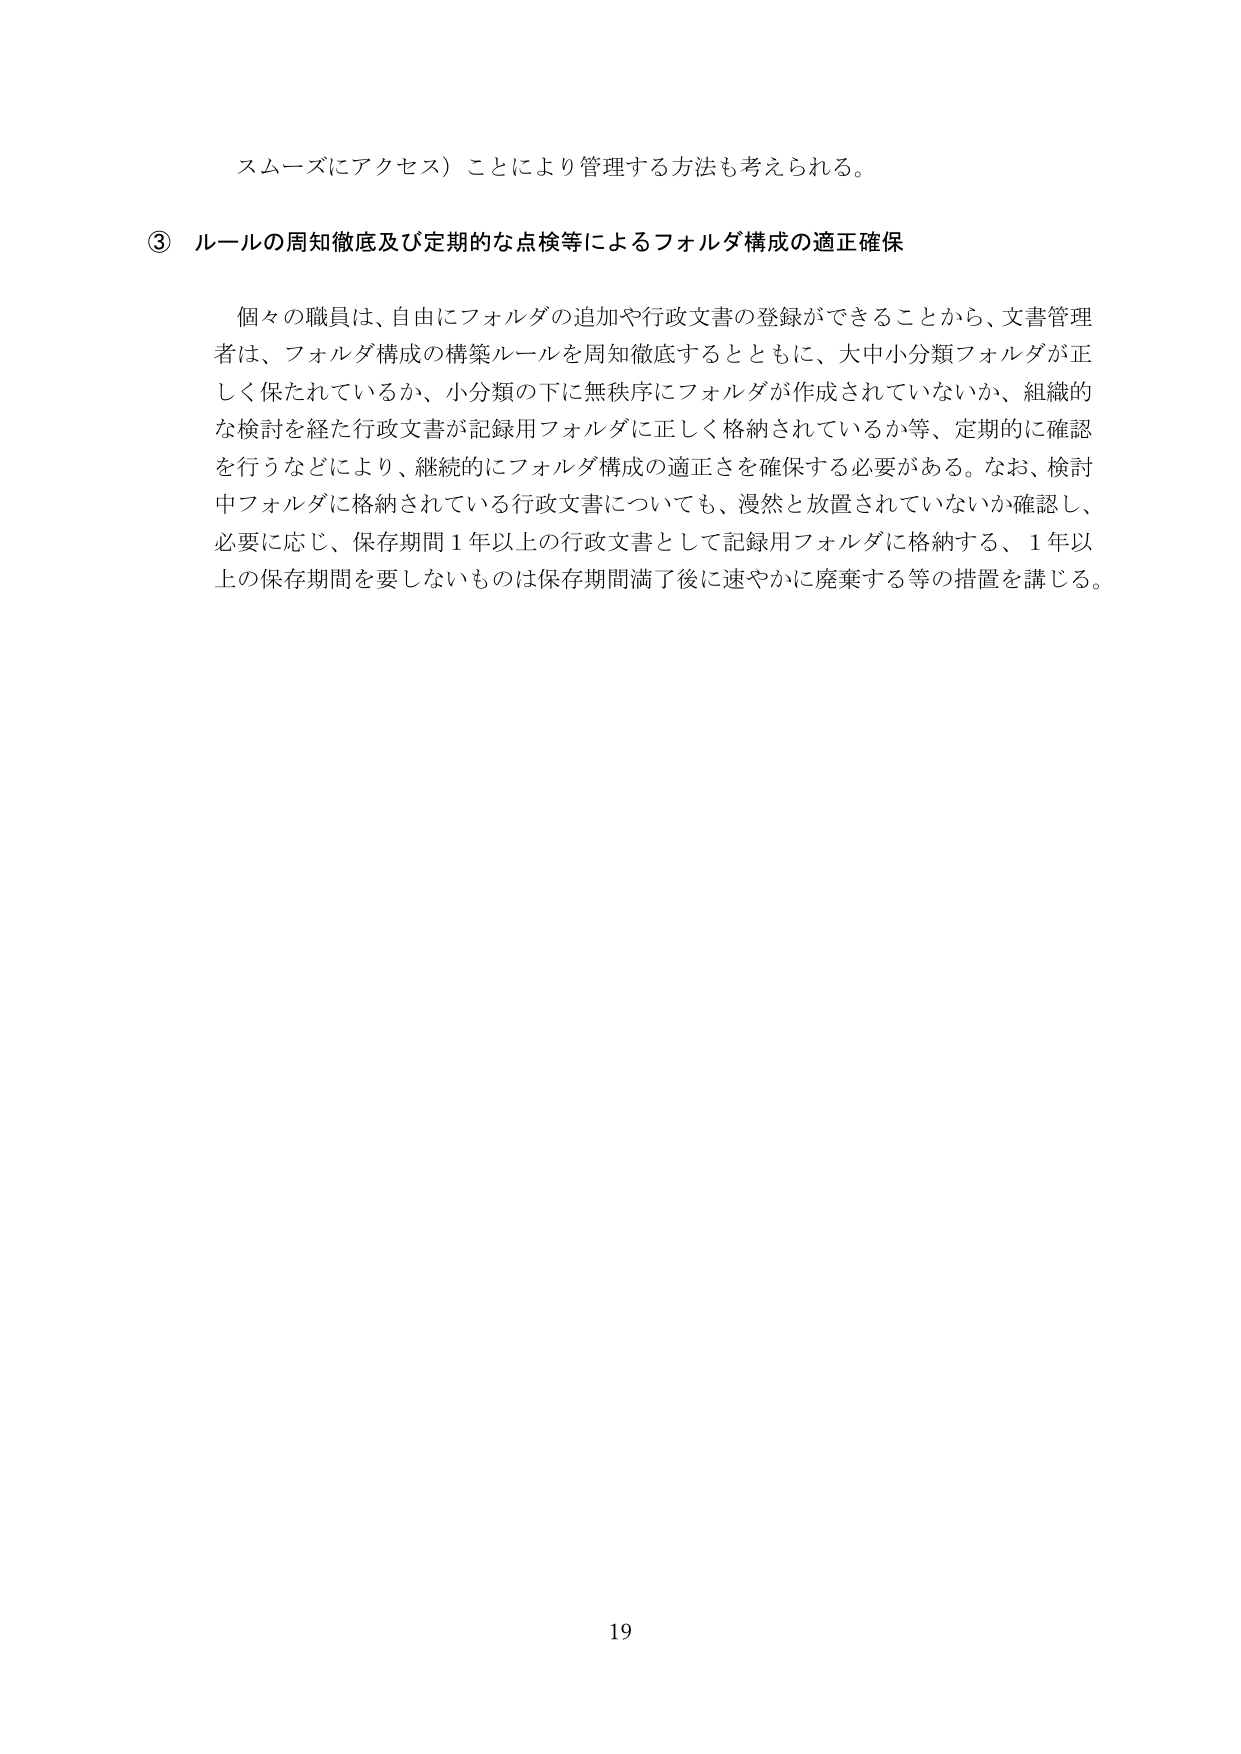
スムーズにアクセス）ことにより管理する方法も考えられる。

③ ルールの周知徹底及び定期的な点検等によるフォルダ構成の適正確保

個々の職員は、自由にフォルダの追加や行政文書の登録ができることから、文書管理者は、フォルダ構成の構築ルールを周知徹底するとともに、大中小分類フォルダが正しく保たれているか、小分類の下に無秩序にフォルダが作成されていないか、組織的な検討を経た行政文書が記録用フォルダに正しく格納されているか等、定期的に確認を行うなどにより、継続的にフォルダ構成の適正さを確保する必要がある。なお、検討中フォルダに格納されている行政文書についても、漫然と放置されていないか確認し、必要に応じ、保存期間１年以上の行政文書として記録用フォルダに格納する、１年以上の保存期間を要しないものは保存期間満了後に速やかに廃棄する等の措置を講じる。

19